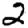
Digit: 2